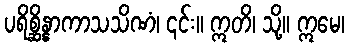
ပရိစ္ဆိန္နာကာသသိဏံ၊ ၎င်း။ ဣတိ၊ သို့။ ဣမေ၊